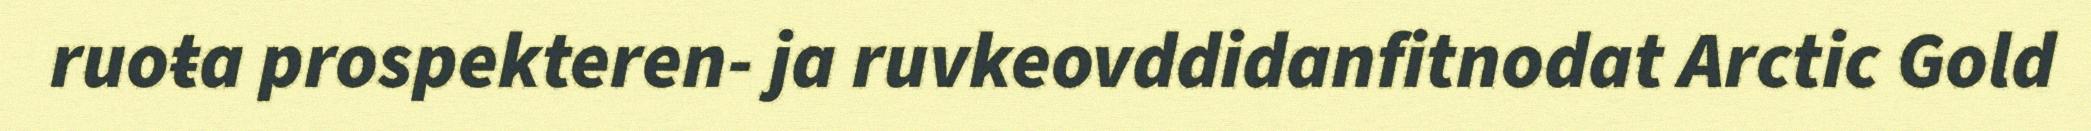
ruoŧa prospekteren- ja ruvkeovddidanfitnodat Arctic Gold